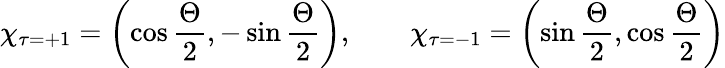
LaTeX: \chi_{\tau=+1}=\left(\cos\frac{\Theta}{2},-\sin\frac{\Theta}{2}\right),\qquad\chi_{\tau=-1}=\left(\sin\frac{\Theta}{2},\cos\frac{\Theta}{2}\right)